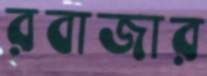
রবাজার